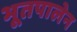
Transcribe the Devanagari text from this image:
भूतपालेन